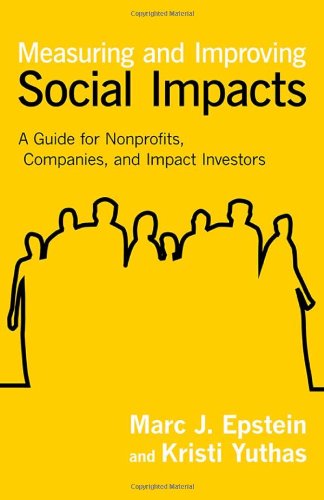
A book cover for Measuring and Improving Social Impacts: A Guide for Nonprofits, Companies, and Impact Investors; Marc J. Epstein; Business & Money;